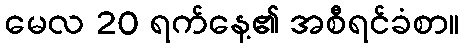
မေလ 20 ရက်နေ့၏ အစီရင်ခံစာ။